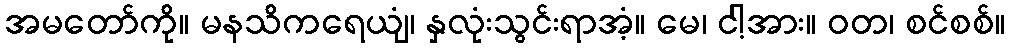
အမတော်ကို။ မနသိကရေယျံ၊ နှလုံးသွင်းရာအံ့။ မေ၊ ငါ့အား။ ဝတ၊ စင်စစ်။